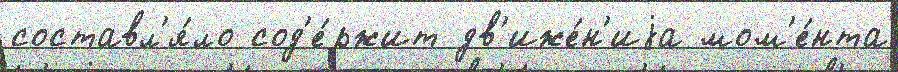
составл'я́ло сод'е́ржит дв'иже́н'иjа мом'е́нта